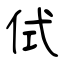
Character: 侙